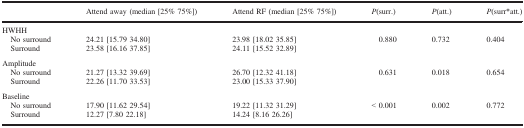
<table><thead><tr><td>[EMPTY_CELL]</td><td><b>Attend away (median [25% 75%])</b></td><td><b>Attend RF (median [25% 75%])</b></td><td><b><i>P</i>(surr.)</b></td><td><b><i>P</i>(att.)</b></td><td><b><i>P</i>(surr<sup>*</sup>att.)</b></td></tr></thead><tbody><tr><td colspan="6">HWHH</td></tr><tr><td> No surround</td><td>24.21 [15.79 34.80]</td><td>23.98 [18.02 35.85]</td><td>0.880</td><td>0.732</td><td>0.404</td></tr><tr><td> Surround</td><td>23.58 [16.16 37.85]</td><td>24.11 [15.52 32.89]</td><td>[EMPTY_CELL]</td><td>[EMPTY_CELL]</td><td>[EMPTY_CELL]</td></tr><tr><td colspan="6">Amplitude</td></tr><tr><td> No surround</td><td>21.27 [13.32 39.69]</td><td>26.70 [12.32 41.18]</td><td>0.631</td><td>0.018</td><td>0.654</td></tr><tr><td> Surround</td><td>22.26 [11.70 33.53]</td><td>23.00 [15.33 37.90]</td><td>[EMPTY_CELL]</td><td>[EMPTY_CELL]</td><td>[EMPTY_CELL]</td></tr><tr><td colspan="6">Baseline</td></tr><tr><td> No surround</td><td>17.90 [11.62 29.54]</td><td>19.22 [11.32 31.29]</td><td>&lt; 0.001</td><td>0.002</td><td>0.772</td></tr><tr><td> Surround</td><td>12.27 [7.80 22.18]</td><td>14.24 [8.16 26.26]</td><td>[EMPTY_CELL]</td><td>[EMPTY_CELL]</td><td>[EMPTY_CELL]</td></tr></tbody></table>